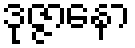
ဒုဇ္ဇာနော